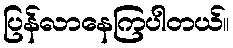
ပြန်လာနေကြပါတယ်။